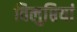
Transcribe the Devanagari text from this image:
विलुप्तियां